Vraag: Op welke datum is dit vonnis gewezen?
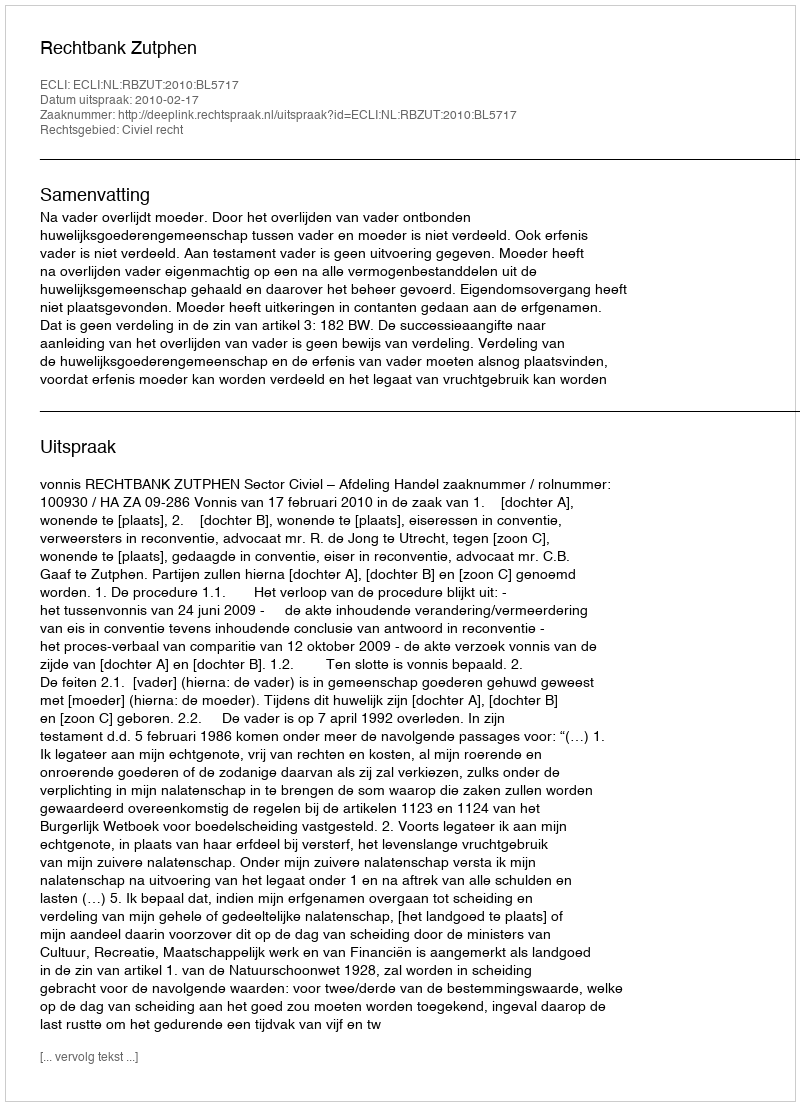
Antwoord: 2010-02-17